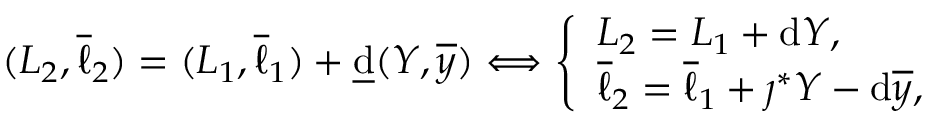
\begin{array} { r } { ( L _ { 2 } , \overline { { \ell } } _ { 2 } ) = ( L _ { 1 } , \overline { { \ell } } _ { 1 } ) + \underline { { \mathrm { d } } } ( Y , \overline { { y } } ) \Longleftrightarrow \left\{ \begin{array} { l l } { L _ { 2 } = L _ { 1 } + \mathrm { d } Y , } \\ { \overline { { \ell } } _ { 2 } = \overline { { \ell } } _ { 1 } + \jmath ^ { * } Y - \mathrm { d } \overline { { y } } , } \end{array} \right. } \end{array}